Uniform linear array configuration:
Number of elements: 8
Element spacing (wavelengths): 0.25
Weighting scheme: uniform
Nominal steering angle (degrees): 45
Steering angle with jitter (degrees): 45.76
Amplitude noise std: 0.05
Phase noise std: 0.05

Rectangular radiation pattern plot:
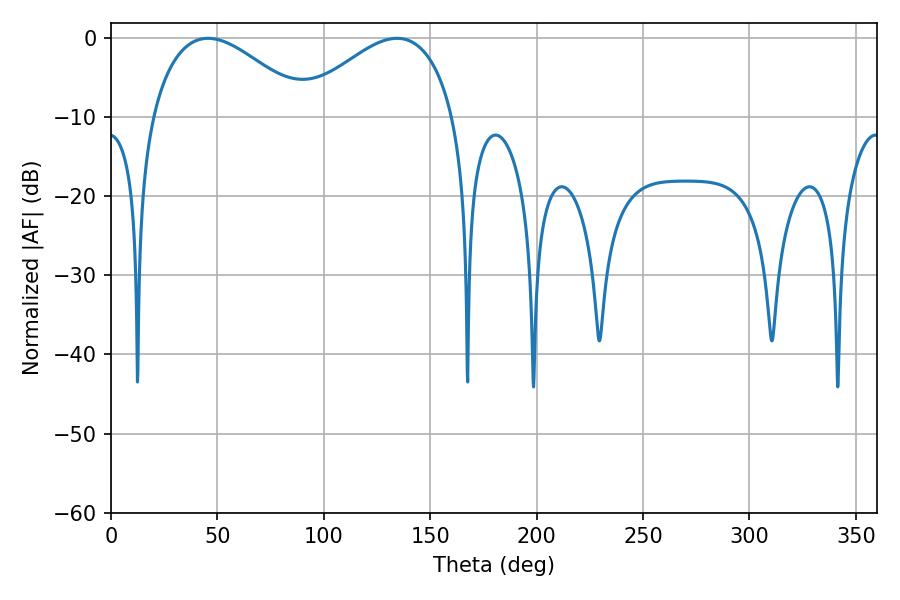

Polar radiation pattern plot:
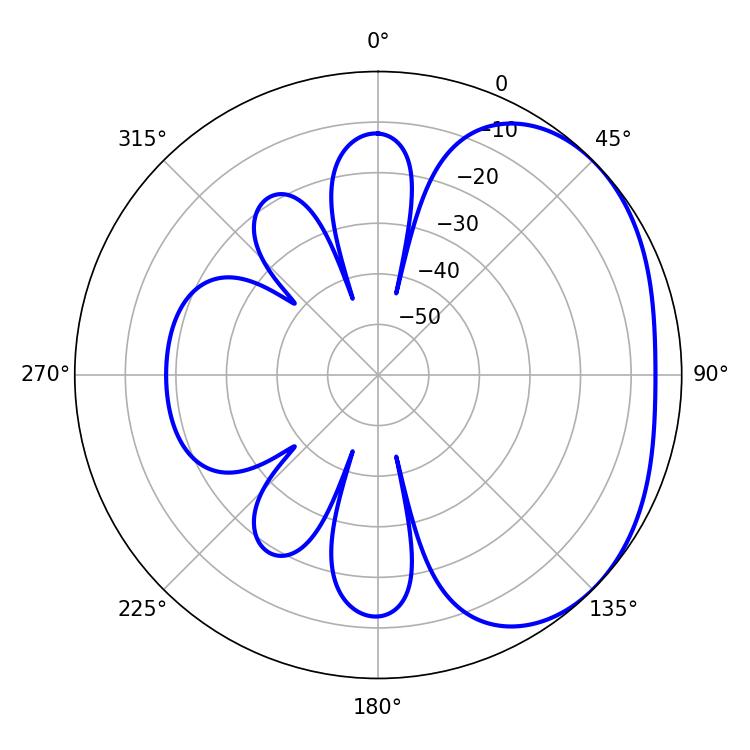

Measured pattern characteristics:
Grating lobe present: FALSE
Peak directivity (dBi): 2.554
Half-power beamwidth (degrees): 40.14
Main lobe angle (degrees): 45.54